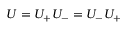
U = U _ { + } U _ { - } = U _ { - } U _ { + }